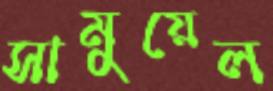
সামুয়েল